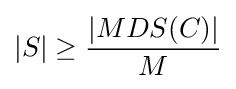
|S|\geq {\frac {|MDS(C)|}{M}}